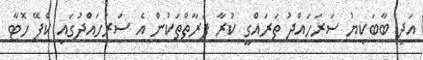
އަދި ބާބަކިޔު ސަރަހައްދު ތަރައްގީ ކުރާ ފަރާތްތަކުން އެ ސަރަހައްދުގައި ކެފޭ ހޮޓާ